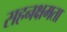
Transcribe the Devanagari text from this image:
सहनक्षमता